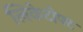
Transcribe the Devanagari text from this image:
लिकेटोफ्ट